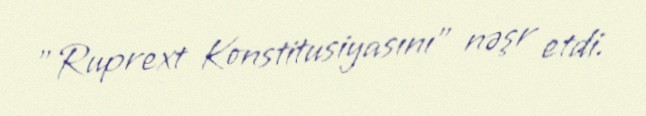
"Ruprext Konstitusiyasını" nəşr etdi.